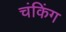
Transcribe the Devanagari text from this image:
चंकिंग